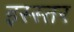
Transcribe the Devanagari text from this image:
इस्स्तर